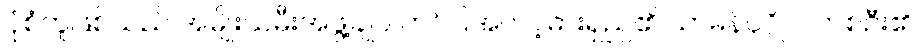
ပုံစံတူဖြစ်သည် အမျိုးသမီးအဖွဲ့ချုပ် တင်ပြအပ် ငါ့ဓားရှည်၏ သာမန်ပုဂ္ဂိုလ်တစ်ဦး၏